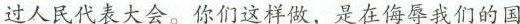
过人民代表大会。你们这样做，是在侮辱我们的国